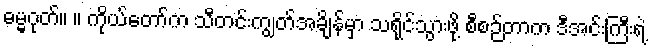
ဓမ္မဂုတ်။ ။ ကိုယ်တော်က သီတင်းကျွတ်အချိန်မှာ သရိုင်သွားဖို့ စီစဉ်တာက ဒီအင်းကြီးရဲ့